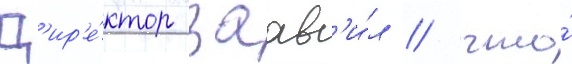
Д'ир'е́ктор заав'и́л / что́